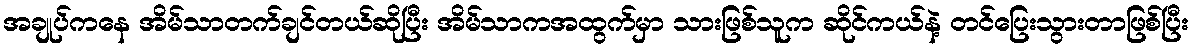
အချုပ်ကနေ အိမ်သာတက်ချင်တယ်ဆိုပြီး အိမ်သာကအထွက်မှာ သားဖြစ်သူက ဆိုင်ကယ်နဲ့ တင်ပြေးသွားတာဖြစ်ပြီး